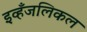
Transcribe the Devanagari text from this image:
इव्हँजलिकल